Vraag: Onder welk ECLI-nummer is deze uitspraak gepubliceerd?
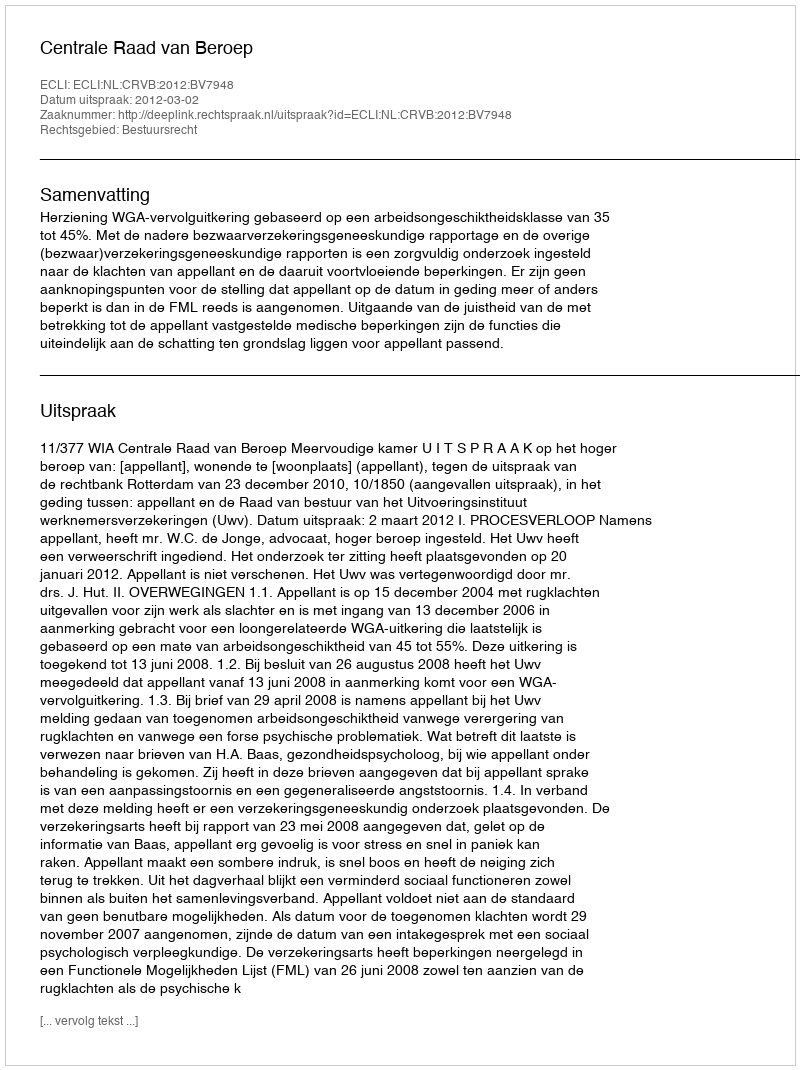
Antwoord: ECLI:NL:CRVB:2012:BV7948